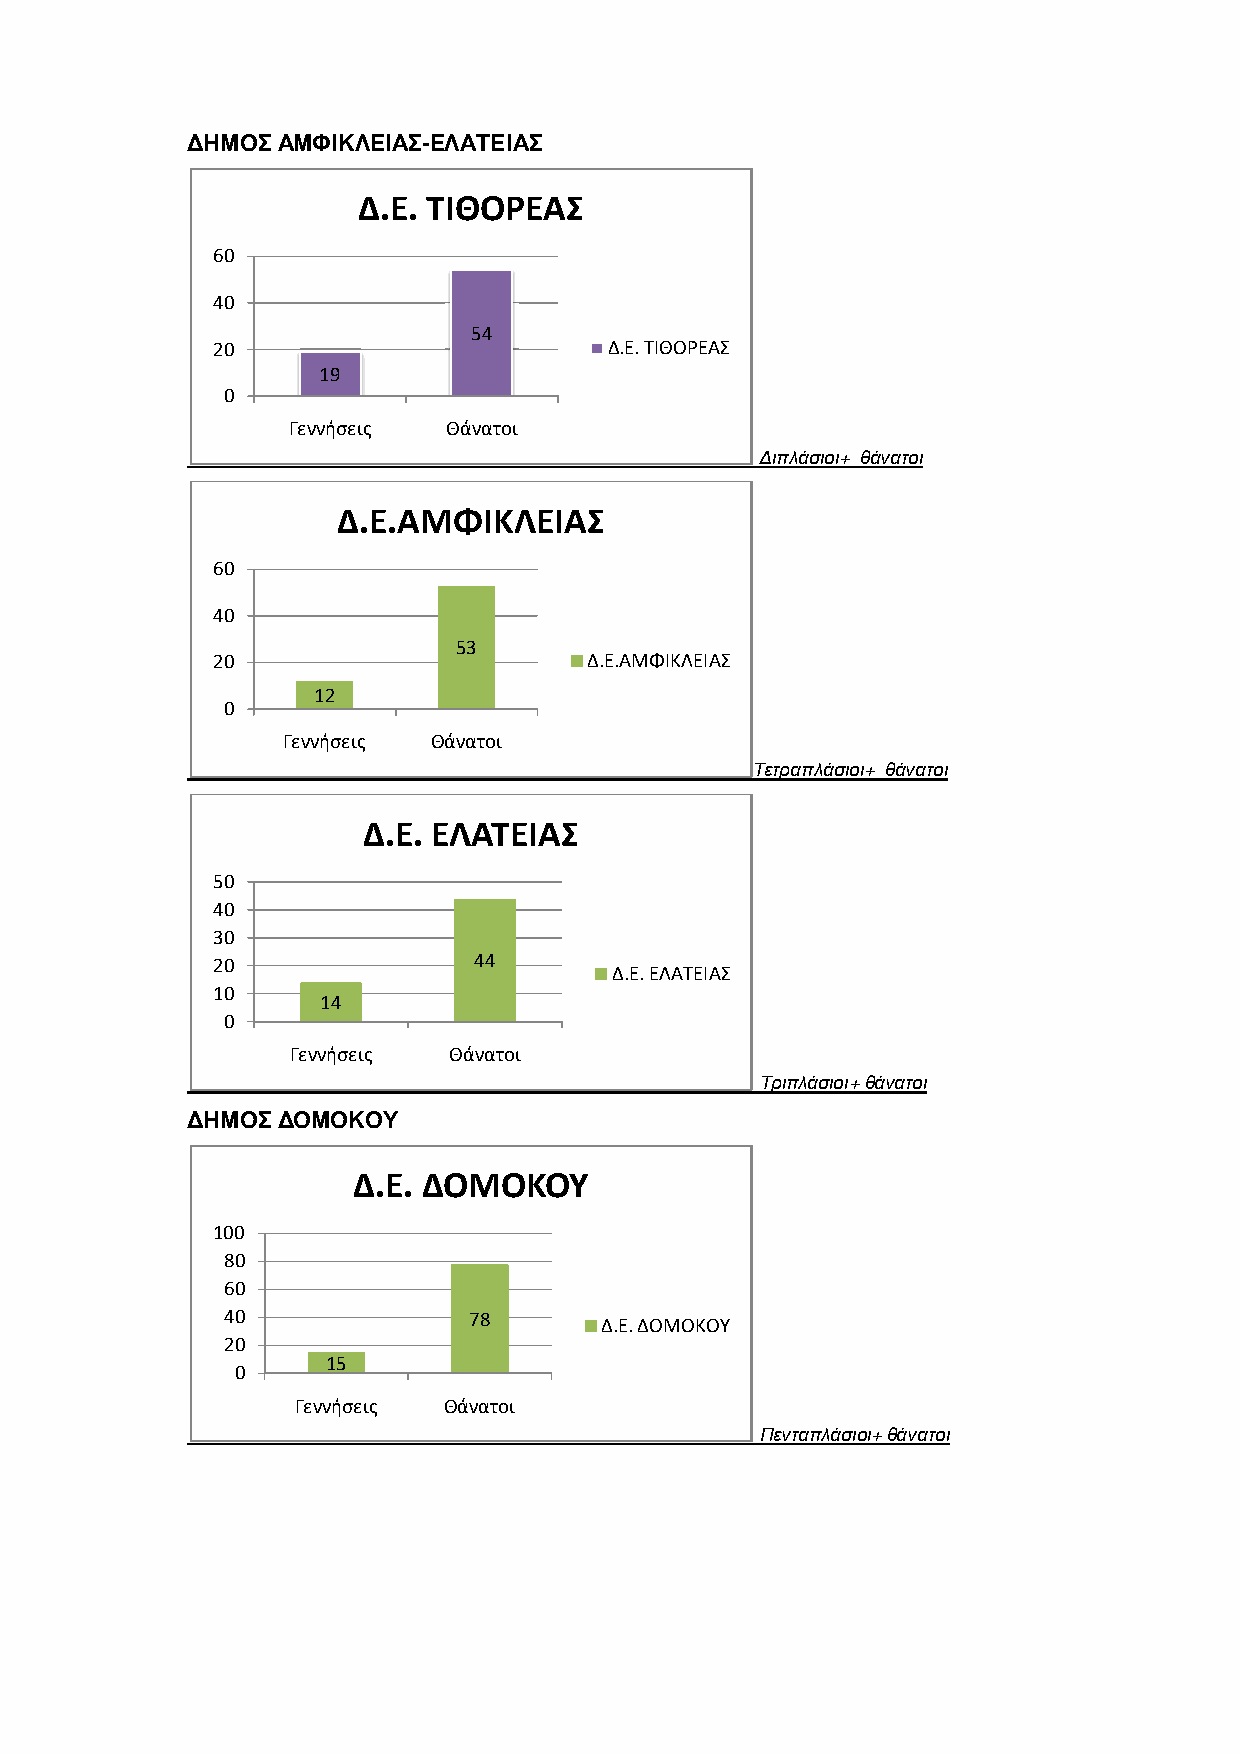
ΔΗΜΟΣ ΑΜΦΙΚΛΕΙΑΣ-ΕΕΛΛΑΑΤΤΕΕΙΙΑΑΣΣ
 ΔΔ..ΕΕ.. ΤΤΙΙΘΘΟΟΡΡΕΕΑΑΣΣ
 60
 40
 54
 20                        Δ.Ε. ΤΙΘΟΡΕΑΣ
 19
 0
 Γεννήσεις  ΘΘάάννααττοοιι
 Διπλάσιοι+ θθάάννααττοοιι
 ΔΔ..ΕΕ..ΑΑΜΜΦΦΙΙΚΚΛΛΕΕΙΙΑΑΣΣ
 60
 40
 53
 20                       Δ.Ε.ΑΜΦΙΚΛΕΙΑΣ
 12
 0
 Γεννήσεις ΘΘάάννααττοοιι
 Τετραπλάσιοι++ θθάάννααττοοιι
 ΔΔ..ΕΕ.. ΕΕΛΛΑΑΤΤΕΕΙΙΑΑΣΣ
 50
 40
 30
 20               44
 Δ.Ε. ΕΛΑΤΕΙΑΣ
 10
 14
 0
 Γεννήσεις  Θάνατοι
 Τριπλάσιοι+ θθάάννααττοοιι
 ΔΗΜΟΣ ΔΟΜΟΚΟΥ
 ΔΔ..ΕΕ.. ΔΔΟΟΜΜΟΟΚΚΟΟΥΥ
 100
 80
 60
 40              78       Δ.Ε. ΔΟΜΟΚΟΥ
 20
 15
 0
 Γεννήσεις ΘΘάάννααττοοιι
 Πενταπλάσιοι++ θθάάννααττοοιι